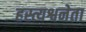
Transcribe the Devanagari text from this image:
हस्त्यश्वनेता